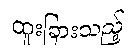
ထူးခြားသည့်